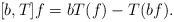
LaTeX: \begin{align*} [b,T]f = bT(f)-T(bf).\end{align*}